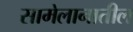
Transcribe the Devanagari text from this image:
सामेलानातील